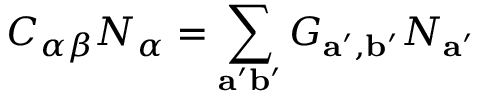
C _ { \alpha \beta } N _ { \alpha } = \sum _ { \mathbf { a ^ { \prime } b ^ { \prime } } } G _ { \mathbf { a ^ { \prime } } , \mathbf { b ^ { \prime } } } N _ { \mathbf { a ^ { \prime } } }